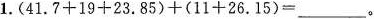
1.$$( 4 1 . 7 + 1 9 + 2 3 . 8 5 ) + ( 1 1 + 2 6 . 1 5 ) =$$___。